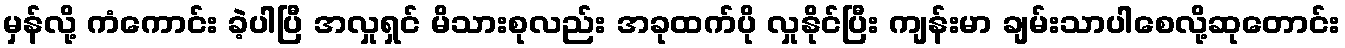
မှန်လို့ ကံကောင်း ခဲ့ပါပြီ အလှုရှင် မိသားစုလည်း အခုထက်ပို လှုနိုင်ပြီး ကျန်းမာ ချမ်းသာပါစေလို့ဆုတောင်း